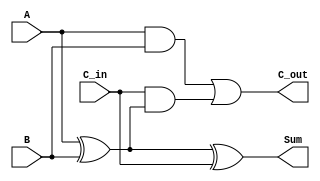
module RippleCarryFullAdder (
    input wire A,       // First input bit
    input wire B,       // Second input bit
    input wire C_in,    // Carry-in bit
    output wire Sum,    // Sum output
    output wire C_out   // Carry-out output
);

// Intermediate signals
wire A_xor_B;        // Intermediate signal for A XOR B

// Calculate Sum using XOR gates
assign A_xor_B = A ^ B;       // A XOR B
assign Sum = A_xor_B ^ C_in;  // (A XOR B) XOR C_in

// Calculate Carry-out using AND and OR gates
assign C_out = (A & B) | (C_in & A_xor_B); // (A AND B) OR (C_in AND (A XOR B))

endmodule